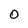
Character: 0